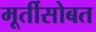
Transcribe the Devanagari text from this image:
मूर्तीसोबत